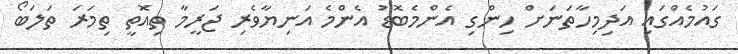
ގައުމެއްގައި އަދިމިހާތަނަށް ހިންގި އެންމެބޮޑު އެންމެ އަނިޔާވެރި ޖަރީމާ ތިއޮތީ ތިމަރަ ތަލަބޯ